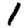
Digit: 1